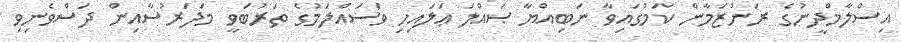
އިސްލާމްދީނުގެ ރަންޒަމާން ކަމުގައިވާ ނަބިއްޔާ ޞައްލަ ޢަލައިހި ވަސައްލަމުގެ ތަރުބަވީ މަދަރުސާއިން ދަސްވެނިވި